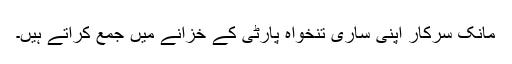
مانک سرکار اپنی ساری تنخواہ پارٹی کے خزانے میں جمع کراتے ہیں۔